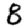
Digit: 8